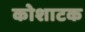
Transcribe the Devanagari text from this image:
कोशाटक